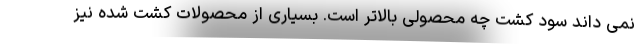
نمی داند سود کشت چه محصولی بالاتر است. بسیاری از محصولات کشت شده نیز